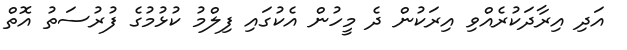
އަދި އިރާދަކުރެއްވި އިރަކުން ދެ މީހުން އެކުގައި ފިލްމު ކުޅުމުގެ ފުރުސަތު އޮތް